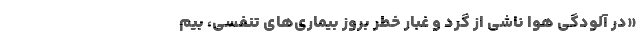
«در آلودگی هوا ناشی از گرد و غبار خطر بروز بیماری‌های تنفسی،‌ بیم